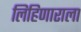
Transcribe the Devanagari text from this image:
लिहिणाराला